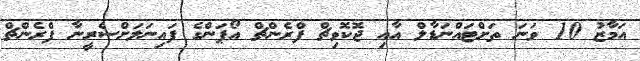
އަމާޒު 10 ވަނަ ތަށްޓައްނަޑާލް އާއި ޖޮކޮވިޗް ފްރެންޗް އޯޕަންގެ ފައިނަލަށްސެރީނާ ފްރެންޗް